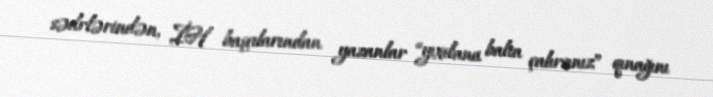
sədrlərindən, İH başçılarından yazanlar “yıxılana balta çalırsınız” qınağını